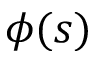
\phi ( s )